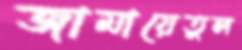
জামায়েতুল